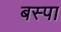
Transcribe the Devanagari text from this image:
बस्‍पा